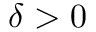
\delta > 0